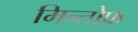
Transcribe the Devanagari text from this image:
मिन्तोफ़